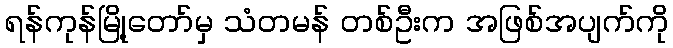
ရန်ကုန်မြို့တော်မှ သံတမန် တစ်ဦးက အဖြစ်အပျက်ကို